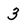
Character: 3